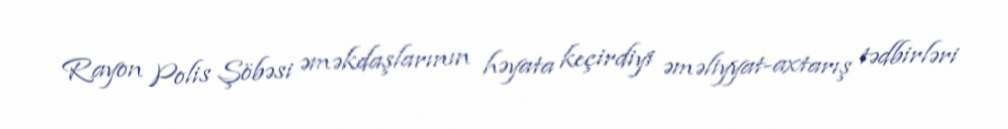
Rayon Polis Şöbəsi əməkdaşlarının həyata keçirdiyi əməliyyat-axtarış tədbirləri